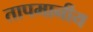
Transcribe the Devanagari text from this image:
तापमानीय